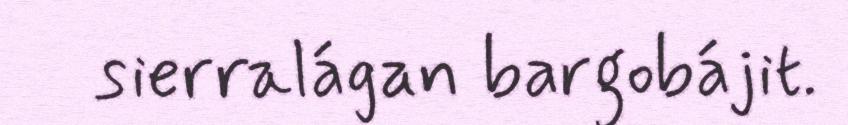
sierralágan bargobájit.